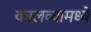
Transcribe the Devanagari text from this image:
कालव्यामध्ये